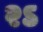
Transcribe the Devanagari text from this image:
२ऽ